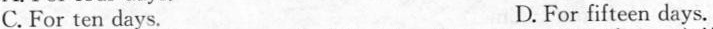
C. For ten days. D. For fifteen days.